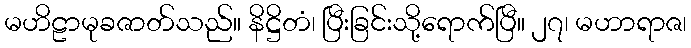
မဟိဠာမုခဇာတ်သည်။ နိဋ္ဌိတံ၊ ပြီးခြင်းသို့ရောက်ပြီ။ ၂၇၊ မဟာရာဇ၊